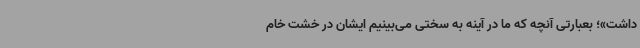
داشت»؛ بعبارتی آنچه که ما در آینه به سختی می‌بینیم ایشان در خشت خام